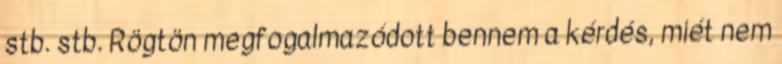
stb. stb. Rögtön megfogalmazódott bennem a kérdés, miét nem